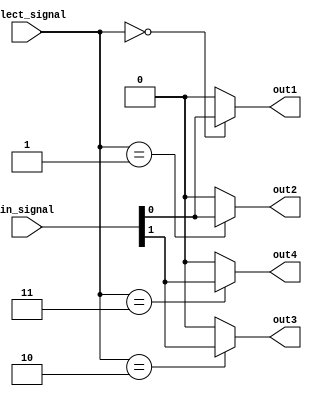
module demux_2to4 (
    input [1:0] in_signal,
    input [1:0] select_signal,
    output out1,
    output out2,
    output out3,
    output out4
);

assign out1 = (select_signal == 2'b00) ? in_signal[0] : 1'b0;
assign out2 = (select_signal == 2'b01) ? in_signal[0] : 1'b0;
assign out3 = (select_signal == 2'b10) ? in_signal[1] : 1'b0;
assign out4 = (select_signal == 2'b11) ? in_signal[1] : 1'b0;

endmodule